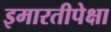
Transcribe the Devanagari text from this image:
इमारतीपेक्षा